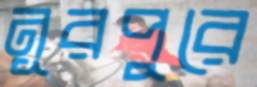
নূরপুরে